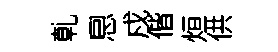
乹㤙戍偕烜供